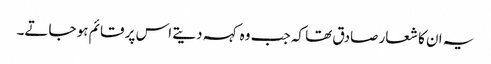
یہ ان کا شعار صادق تھا کہ جب وہ کہہ دیتے اس پر قائم ہو جاتے۔